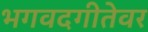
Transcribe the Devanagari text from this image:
भगवदगीतेवर